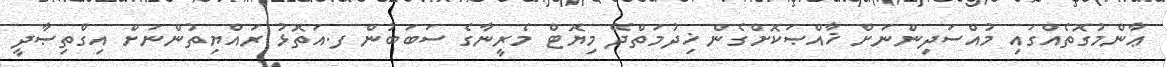
ޢާންމުގޮތެއްގައި މުއްސަދިންނަށް ޚާއްޞަކޮށްގެން ޚިދުމަތްދޭ މިޔޮޓް މެރީނާގެ ސަބަބުން ފ.އަތޮޅު ރައްޔިތުންނަށް އިގްތިޞާދީ